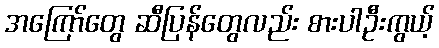
အကြော်တွေ ဆီပြန်တွေလည်း စားပါဦးကွယ့်